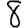
Digit: 8